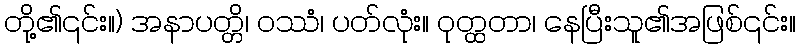
တို့၏၎င်း။) အနာပတ္တိ၊ ဝဿံ၊ ပတ်လုံး။ ဝုတ္ထတာ၊ နေပြီးသူ၏အဖြစ်၎င်း။